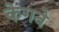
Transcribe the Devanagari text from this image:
केगने